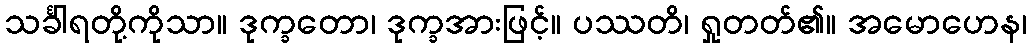
သင်္ခါရတို့ကိုသာ။ ဒုက္ခတော၊ ဒုက္ခအားဖြင့်။ ပဿတိ၊ ရှုတတ်၏။ အမောဟေန၊